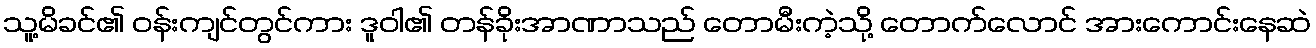
သူ့မိခင်၏ ဝန်းကျင်တွင်ကား ဒူဝါ၏ တန်ခိုးအာဏာသည် တောမီးကဲ့သို့ တောက်လောင် အားကောင်းနေဆဲ